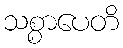
သစ္စာပေတိ